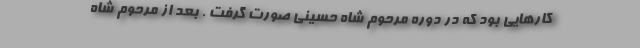
کارهایی بود که در دوره مرحوم شاه حسینی صورت گرفت . بعد از مرحوم شاه